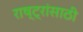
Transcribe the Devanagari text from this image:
राष्ट्रांसाठी